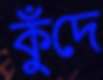
কুঁদে